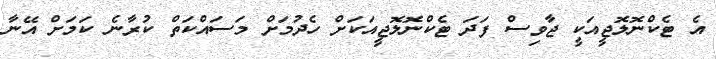
އެ ޓެކްނޮލޮޖީއަކީ ޖާވިސް ފަދަ ޓެކްނޮލޮޖީއަކަށް ހެދުމަށް މަސައްކަތް ކުރާނެ ކަމަށް އޭނާ